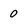
Character: 0